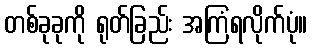
တစ်ခုခုကို ရုတ်ခြည်း အကြံရလိုက်ပုံ။